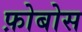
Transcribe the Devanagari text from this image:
फ़ोबोस